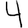
Digit: 4